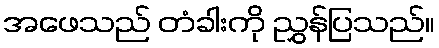
အဖေသည် တံခါးကို ညွှန်ပြသည်။